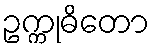
ဥက္ကုဓိတော